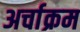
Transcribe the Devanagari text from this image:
अर्चाक्रम